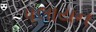
પલાયન